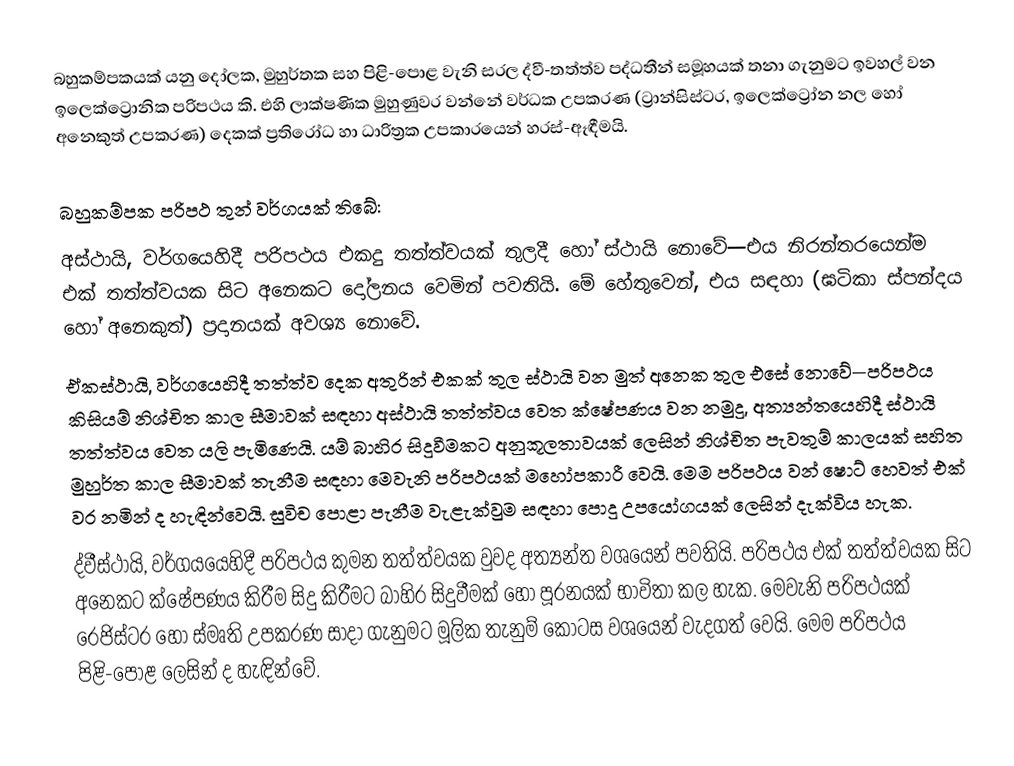
බහුකම්පකයක් යනු  දෝලක, මුහුර්තක සහ පිළි-පොළ වැනි සරල ද්වී-තත්ත්ව පද්ධතීන් සමූහයක් තනා ගැනුමට ඉවහල් වන ‍ඉලෙක්ට්‍රොනික පරිපථය කි. එහි ලාක්ෂණික මුහුණුවර වන්නේ වර්ධක උපකරණ (ට්‍රාන්සිස්ටර, ඉලෙක්ට්‍රෝන නල හෝ අනෙකුත් උපකරණ) දෙකක් ප්‍රතිරෝධ හා ධාරිත්‍රක උපකාරයෙන් හරස්-ඈඳීමයි.

බහුකම්පක පරිපථ තුන් වර්ගයක් තිබේ:
අස්ථායි, වර්ගයෙහිදී පරිපථය එකදු තත්ත්වයක් තුලදී හෝ ස්ථායි නොවේ—එය නිරන්තරයෙන්ම එක් තත්ත්වයක සිට අනෙකට දෝලනය වෙමින් පවතියි. මේ හේතුවෙන්, එය සඳහා (ඝටිකා ස්පන්දය හෝ අනෙකුත්) ප්‍රදානයක් අවශ්‍ය නොවේ.
ඒකස්ථායි, වර්ගයෙහිදී තත්ත්ව දෙක අතුරින් එකක් තුල ස්ථායි ‍වන මුත් අනෙක තුල එසේ නොවේ—පරිපථය කිසියම් නිශ්චිත කාල සීමාවක් සඳහා අස්ථායි තත්ත්වය වෙත ක්ෂේපණය වන නමුදු, අත්‍යන්තයෙහිදී ස්ථායි තත්ත්වය වෙත යලි පැමිණෙයි. යම් බාහිර සිදුවීමකට අනුකූලතාවයක් ලෙසින් නිශ්චිත පැවතුම් කාලයක් සහිත මුහුර්ත කාල සීමාවක් තැනීම සඳහා මෙවැනි පරිපථයක් මහෝපකාරී වෙයි. මෙම පරිපථය වන් ෂොට් හෙවත් එක් වර නමින් ද හැඳින්වෙයි. සුවිච පොළා පැනීම වැළැක්වුම සඳහා පොදු උපයෝගයක් ලෙසින් දැක්විය හැක.
ද්වීස්ථායි, වර්ගයයෙහිදී පරිපථය කුමන තත්ත්වයක වුවද අත්‍යන්ත වශයෙන් පවතියි. පරිපථය එක් තත්ත්වයක සිට අනෙකට ක්ෂේපණය කිරීම සිදු කිරීමට බාහිර සිදුවීමක් හෝ පූරනයක් භාවිතා කල හැක. මෙවැනි පරිපථයක් රෙජිස්ටර හෝ ස්මෘති උපකරණ සාදා ගැනුමට මූලික තැනුම් කොටස වශයෙන් වැදගත් වෙයි. මෙම පරිපථය  පිළි-පොළ ලෙසින් ද හැඳින්වේ.